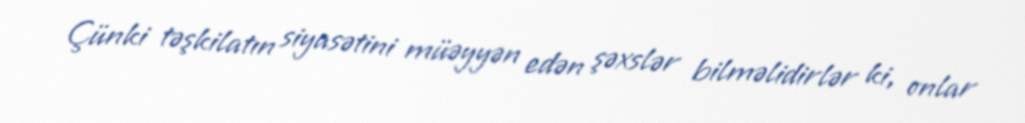
Çünki təşkilatın siyasətini müəyyən edən şəxslər bilməlidirlər ki, onlar